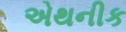
એથનીક